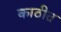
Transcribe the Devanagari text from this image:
काठीत